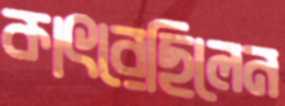
কাৎরেছিলেন